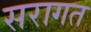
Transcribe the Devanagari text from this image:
सरागत